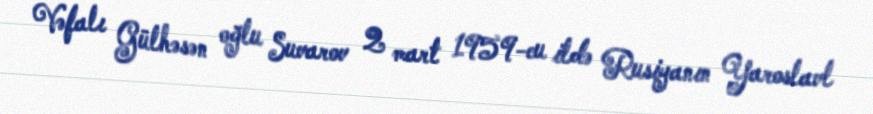
Vəfalı Gülhəsən oğlu Suvarov 2 mart 1959-cu ildə Rusiyanın Yaroslavl